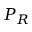
P _ { R }